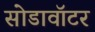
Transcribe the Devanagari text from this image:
सोडावॉटर